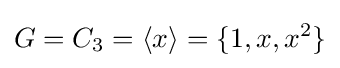
G=C_{3}=\langle x\rangle =\{1,x,x^{2}\}